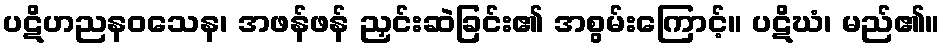
ပဋိဟညနဝသေန၊ အဖန်ဖန် ညှင်းဆဲခြင်း၏ အစွမ်းကြောင့်။ ပဋိဃံ၊ မည်၏။